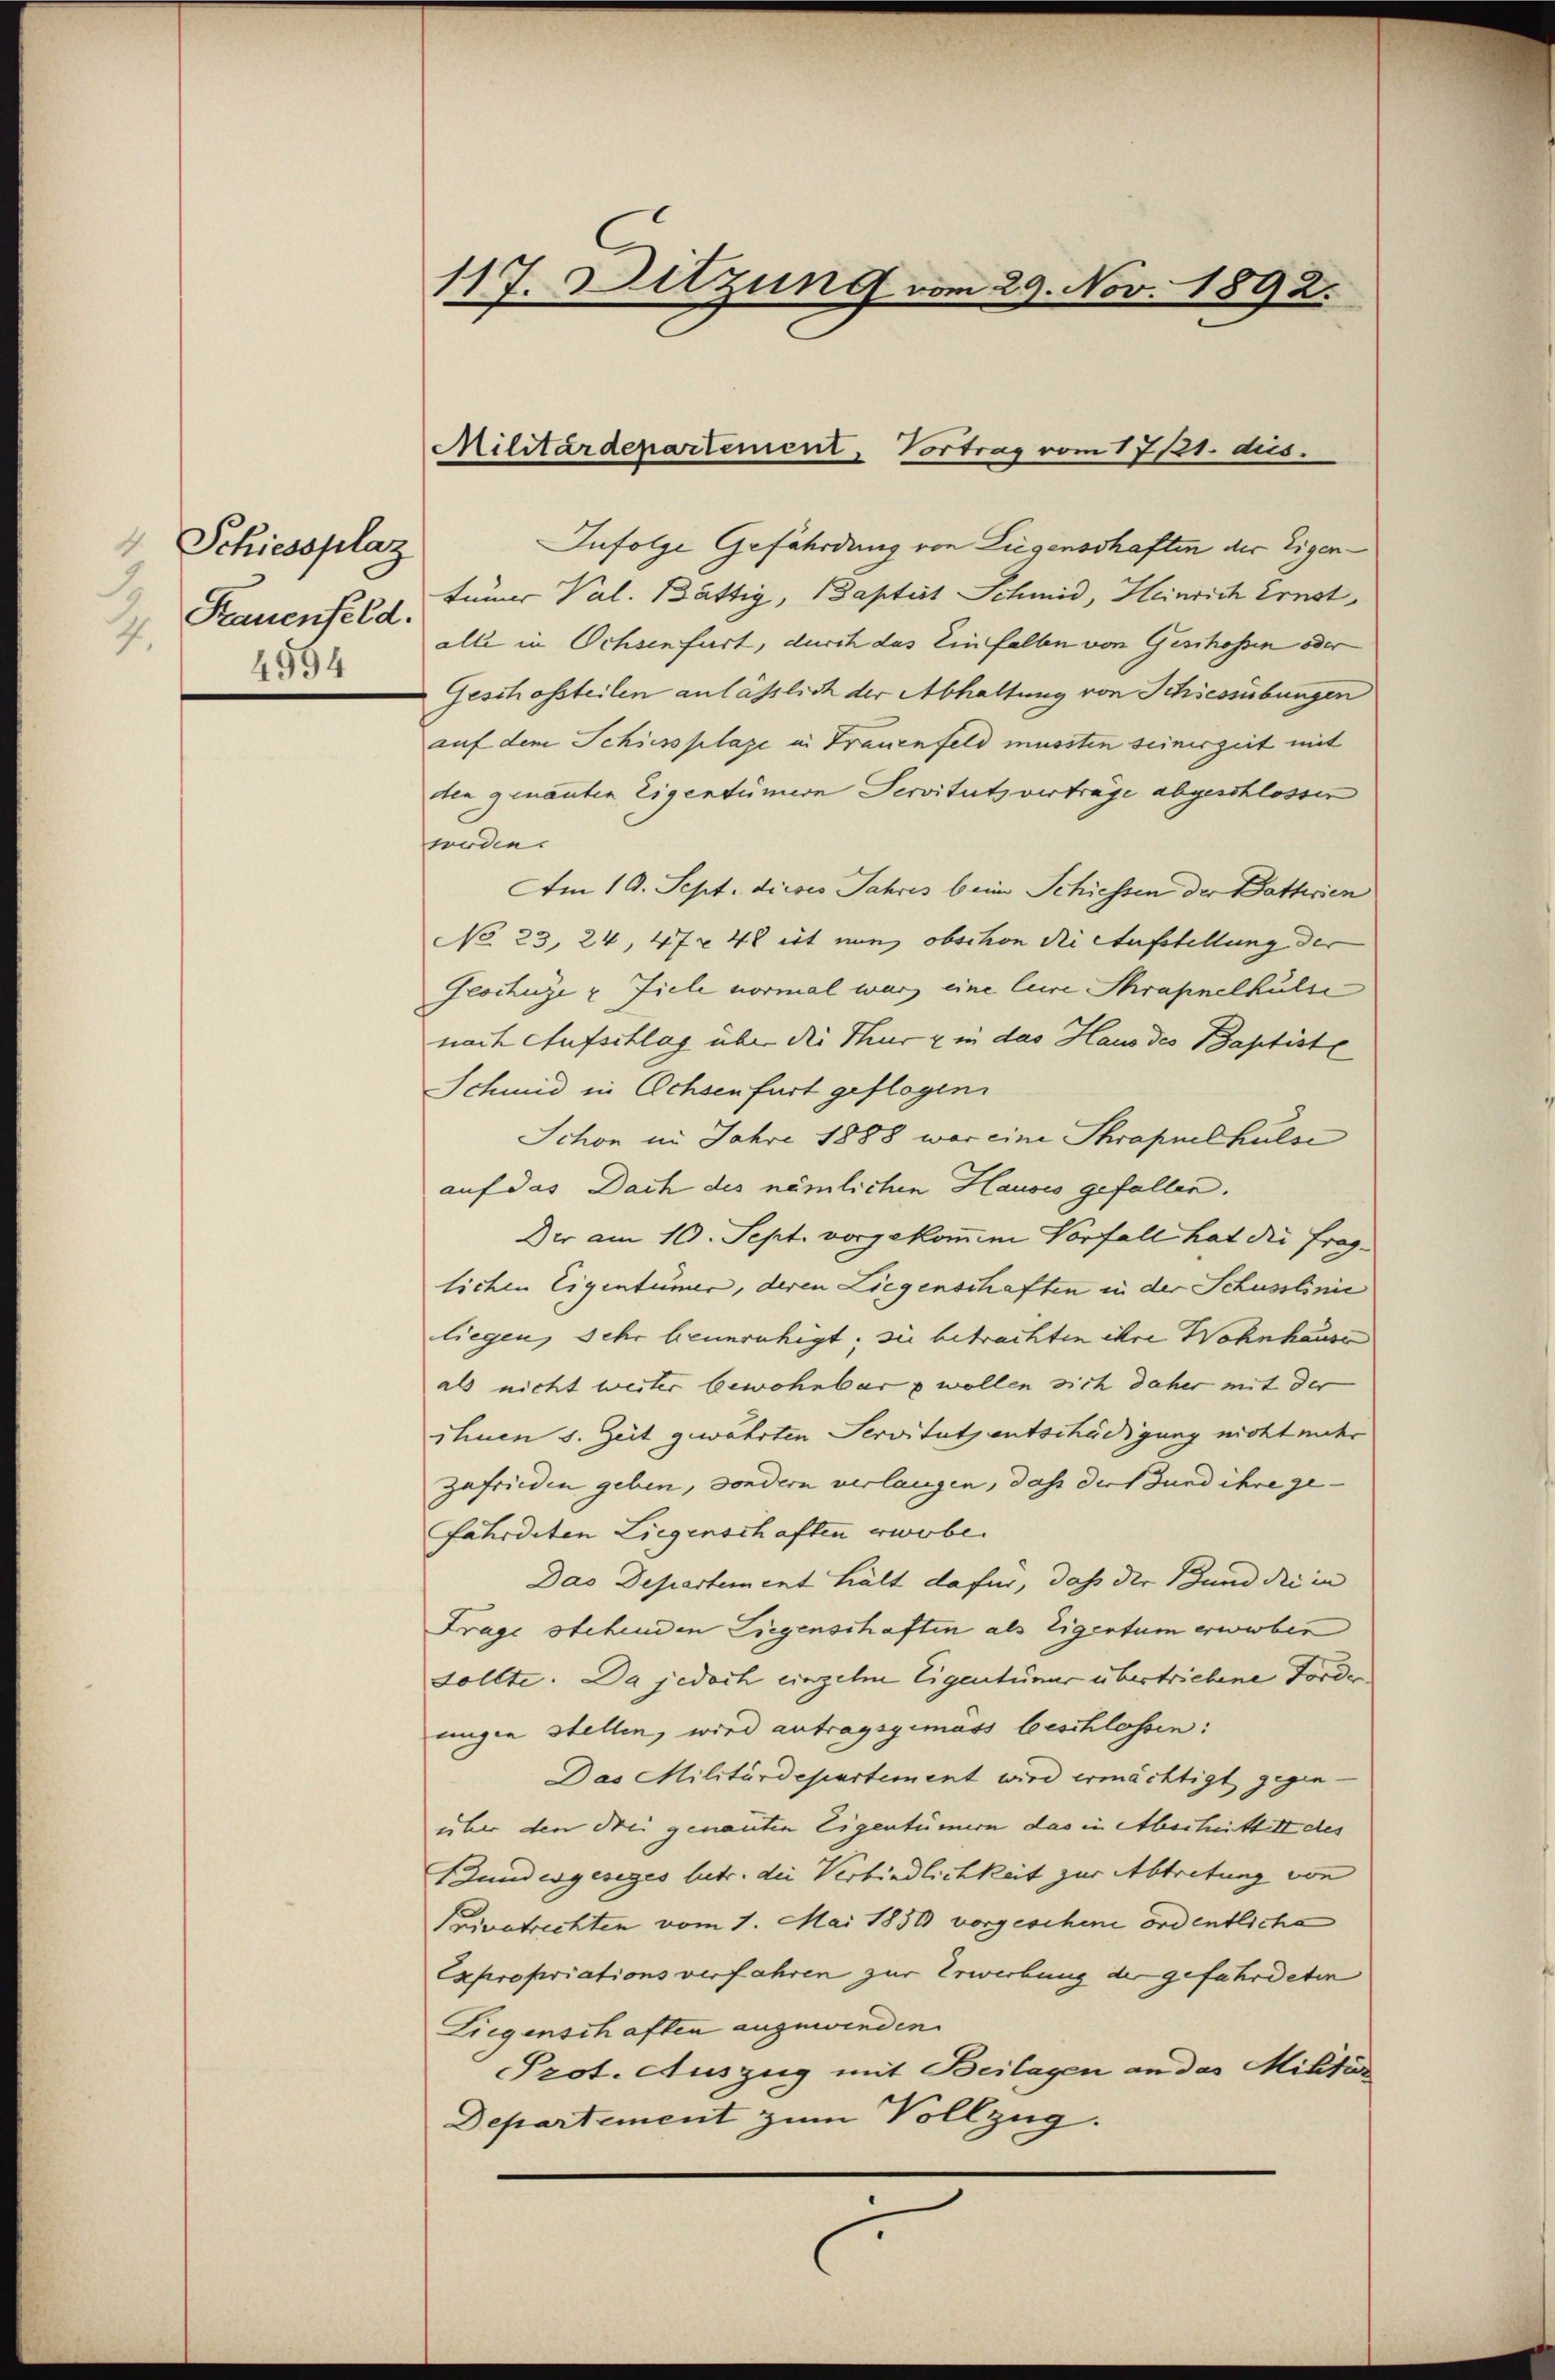
Schiessplaz
2.
Kauenfeld.
.
4594

117. Sitzung vom 29. Nov. 1892.

Militärdepartement, Vortrag vom 17/21. dies

Infolge Gefährdung von Liegenschaften der Eigentümer Val. Bättig, Baptist Schmid, Heinrich Ernst,
alle in Ochsenfurt, durch das Einfallen von Geschossen oder
Geschofsteilen anlässlich der Abhaltung von Schiessübungen
auf dem Schiessklage in Frauenfeld mussten seinerzeit mit
den genanten Eigentümern Servituts verträge abgeschlossen
wode.
Am 19. Sept. dieses Jahres beim Schiessen der Batterien
No 23, 24, 47 48 ist nun obschon die Aufstellung der
Geochüge u. Ziele vormal war eine Euere Schrapnelkulie
nach Aufschlag über die Thur & in das Haus des Baptiste
Schmid in Ochsenfurt geflogen.
Schon in Jahre 1888 war eine Schrapnelhulse
auf das Dach des nämlichen Hausis gefallen.
Der am 10. Sept. vorgekommene Vorfall hat die frag-
lichen Eigentümer, deren Liegenschaften in der Schusslinić
liegen, sehr beunruhigt; sie betrachten ihre Wohnhause
als nicht weiter bewohnbar wollen sich daher mit der
ihnen s. Zeit gewährten Servituts entschädigung nichtender
zufrieden geben, sondern verlangen, daß der und ihre ge-
fährdeten Liegenschaften erwobe.
Das Departement hält dafür, daß der Bund die in
Frage stehenden Liegenschaften als Eigentum erworben
sollte. Da jedoch einzelne Eigentümer übertriebene Fordernngen stellen, wird antragsgemäss beschlossen:
Das Militärdepartement wird ermächtigt gegenüber den drei genannten Eigentümern das in Abschrittet des
Bundesgeseges betr. die Verbindlichkeit zur Abtretung von
Privatrechten vom 1. Mai 1850 vorgeschene ordentliche
Expropriations verfahren zur Erwerbung der gefährdeten
Liegenschaften angewinden.
Prot. Auszug mit Beilagen an das Militär
Departement zum Vollzug.